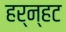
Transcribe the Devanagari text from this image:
हर्न्हट